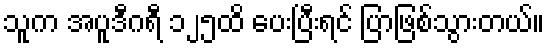
သူက အပူဒီဂရီ ၁၂၅ထိ ပေးပြီးရင် ပြာဖြစ်သွားတယ်။